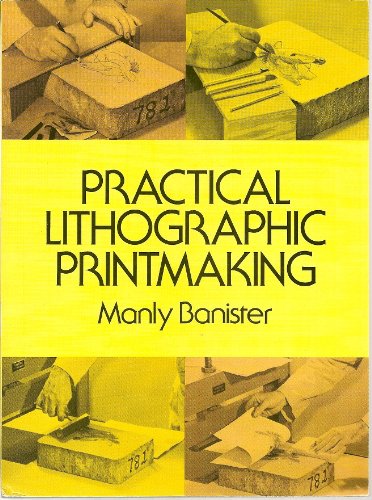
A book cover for Practical Lithographic Printmaking; Manly Banister; Arts & Photography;